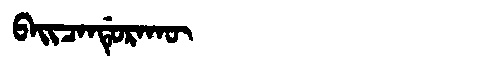
Manchu: ᠪᠠᡳᠴᠠᠨᡩᡠᡵᠠᡴᡡ
Romanization: BAICANDURAKŪ